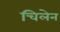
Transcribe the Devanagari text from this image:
चिलेन